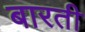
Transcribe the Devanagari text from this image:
बारती